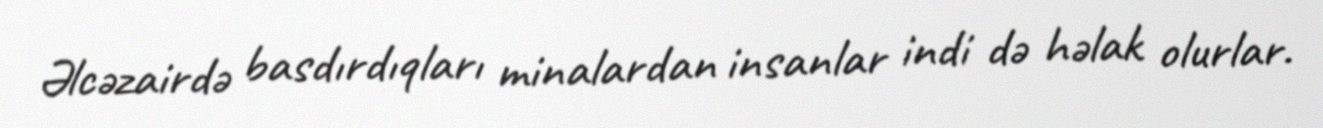
Əlcəzairdə basdırdıqları minalardan insanlar indi də həlak olurlar.